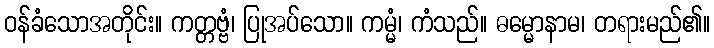
ဝန်ခံသောအတိုင်း။ ကတ္တဗ္ဗံ၊ ပြုအပ်သော။ ကမ္မံ၊ ကံသည်။ ဓမ္မောနာမ၊ တရားမည်၏။